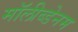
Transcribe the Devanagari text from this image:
मॉलीब्डेनम